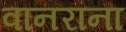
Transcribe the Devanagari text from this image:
वानरांना